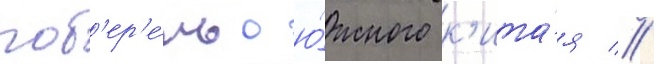
поб'ер'е́жью ю́жного к'ита́я //